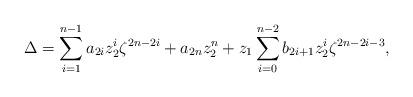
LaTeX: \begin{align*}\Delta =\sum_{i=1}^{n-1}a_{2i}z_{2}^{i}\zeta^{2n-2i}+a_{2n}z_{2}^{n}+z_{1}\sum_{i=0}^{n-2}b_{2i+1}z_{2}^{i}\zeta^{2n-2i-3}, \end{align*}